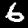
Digit: 6